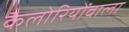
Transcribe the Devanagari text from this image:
कैलोरियोंवाला